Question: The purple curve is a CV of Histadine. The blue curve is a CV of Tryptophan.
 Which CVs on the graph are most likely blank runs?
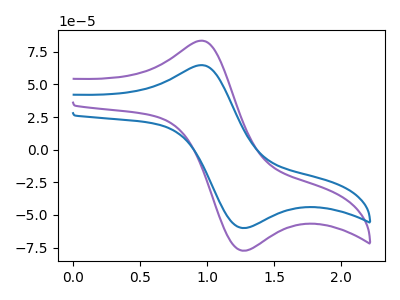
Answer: <think>The purple curve "Histadine" has an anodic peak at (0.95V, 83.40uA) and a cathodic peak at (1.30V, -77.25uA). The blue curve "Tryptophan" has an anodic peak at (0.95V, 64.70uA) and a cathodic peak at (1.30V, -59.95uA).</think>
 <answer>There are not any CV's on this graph that are likely to be blanks.</answer>
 <eval>none</eval>